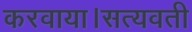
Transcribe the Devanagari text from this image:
करवाया।सत्यवती